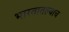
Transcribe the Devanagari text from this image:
भारतातल्याच